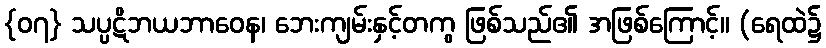
{၀၇} သပ္ပဋိဘယဘာဝေန၊ ဘေးကျမ်းနှင့်တကွ ဖြစ်သည်၏ အဖြစ်ကြောင့်။ (ရေထဲ၌